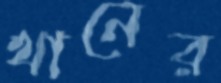
থানের